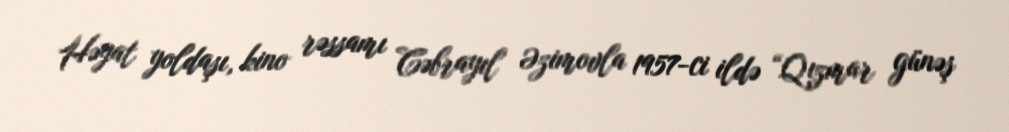
Həyat yoldaşı, kino rəssamı Cəbrayıl Əzimovla 1957-ci ildə “Qızmar günəş